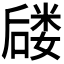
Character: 𪢈